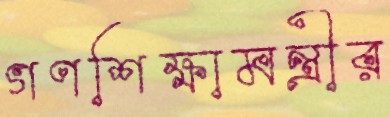
গণশিক্ষামন্ত্রীর